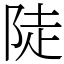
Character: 陡